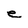
Character: e